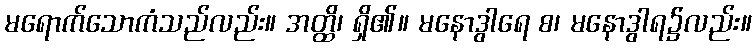
မရောက်သောကံသည်လည်း။ အတ္ထိ၊ ရှိ၏။ မနောဒွါရေ စ၊ မနောဒွါရ၌လည်း။